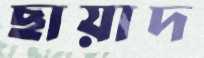
ছায়াদ